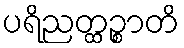
ပရိညတ္ထဉ္စာတိ